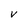
Character: V